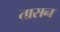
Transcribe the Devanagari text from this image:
तासन